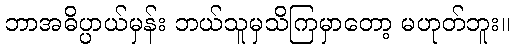
ဘာအဓိပ္ပာယ်မှန်း ဘယ်သူမှသိကြမှာတော့ မဟုတ်ဘူး။